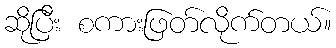
ဆိုပြီး စကားဖြတ်လိုက်တယ်။